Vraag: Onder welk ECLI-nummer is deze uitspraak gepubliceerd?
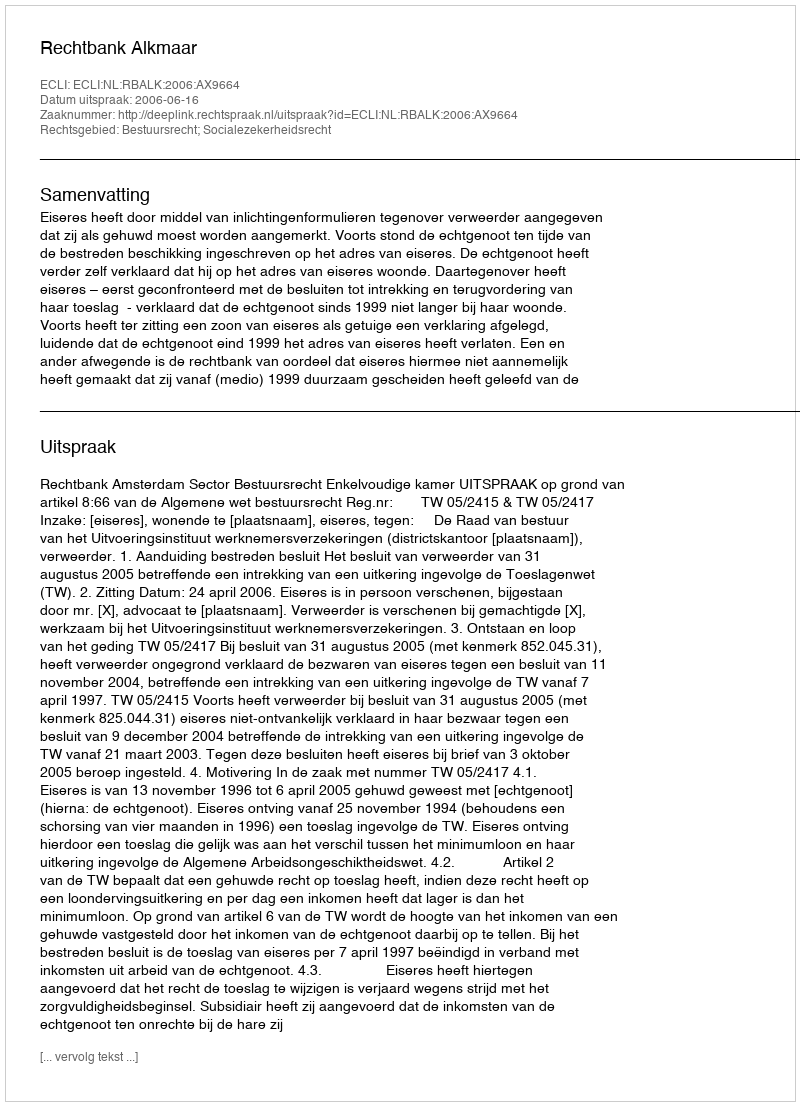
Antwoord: ECLI:NL:RBALK:2006:AX9664